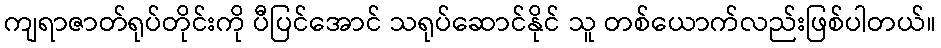
ကျရာဇာတ်ရုပ်တိုင်းကို ပီပြင်အောင် သရုပ်ဆောင်နိုင် သူ တစ်ယောက်လည်းဖြစ်ပါတယ်။